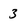
Character: 3